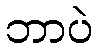
ဘာပဲ